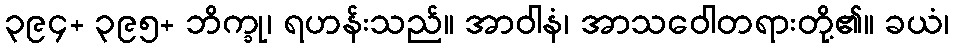
၃၉၄+ ၃၉၅+ ဘိက္ခု၊ ရဟန်းသည်။ အာဝါနံ၊ အာသဝေါတရားတို့၏။ ခယံ၊